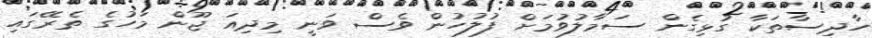
ހާދިސާތަކާ ގުޅިގެން ސަމާލުވުމަށް ފުލުހުން ވެސް ވަނީ މިދިއަ ޖޫން މަހުގެ ތެރޭގައި